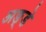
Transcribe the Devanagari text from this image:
अङ्डे